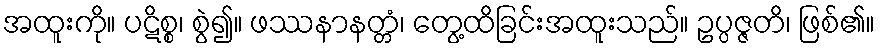
အထူးကို။ ပဋိစ္စ၊ စွဲ၍။ ဖဿနာနတ္တံ၊ တွေ့ထိခြင်းအထူးသည်။ ဥပ္ပဇ္ဇတိ၊ ဖြစ်၏။